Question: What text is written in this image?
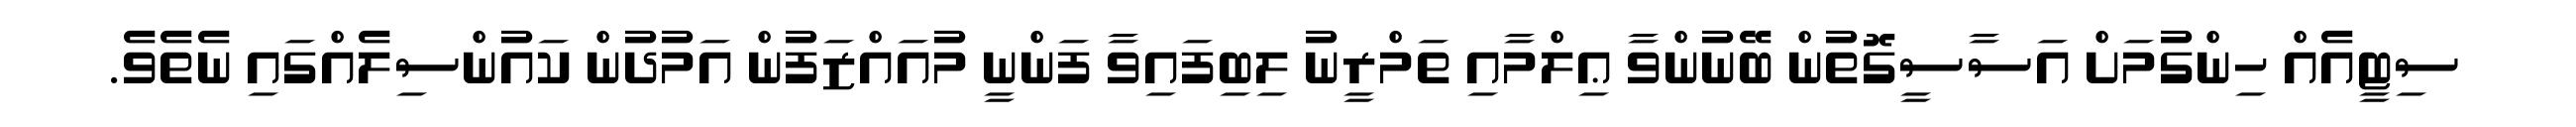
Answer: ސިޓީއެއް ހިންގުމަށް އަސާސީގޮތުން ބޭނުންވާ ޢިލްމާއި ތަމްރީނު ލިބިފައިވާ ފަންނީ މުއައްޒަފުން އަމުދުން ކައުންސިލެއްގައި ނެތެވެ.